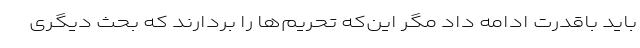
باید باقدرت ادامه داد مگر این‌که تحریم‌ها را بردارند که بحث دیگری